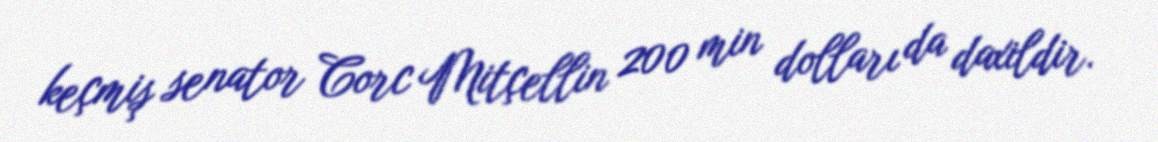
keçmiş senator Corc Mitçellin 200 min dolları da daxildir.